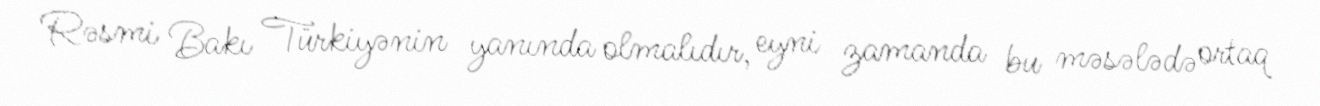
Rəsmi Bakı Türkiyənin yanında olmalıdır, eyni zamanda bu məsələdə ortaq